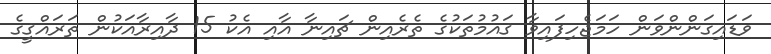
ވަޑައިގަންންވަން ހަމަޖެހިފައިވާ ޤައުމުތަކުގެ ތެރެއިން ޗައިނާ އާއި އެކު 15 ދާއިރާއަކުން ތަރައްޤީގެ